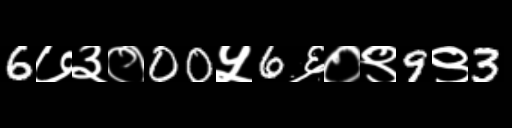
Text: 6७३०00५6६०९9९3